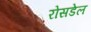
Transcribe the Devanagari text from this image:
रोसडेल